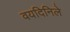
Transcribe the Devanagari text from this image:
वयदिनिले